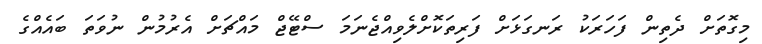
މިގޮތަށް ދެތިން ފަހަރަކު ރަނގަޅަށް ފަރިތަކޮށްލެވިއްޖެނަމަ ސްޓޭޖް މައްޗަށް އެރުމުން ނުވަތަ ބައެއްގެ